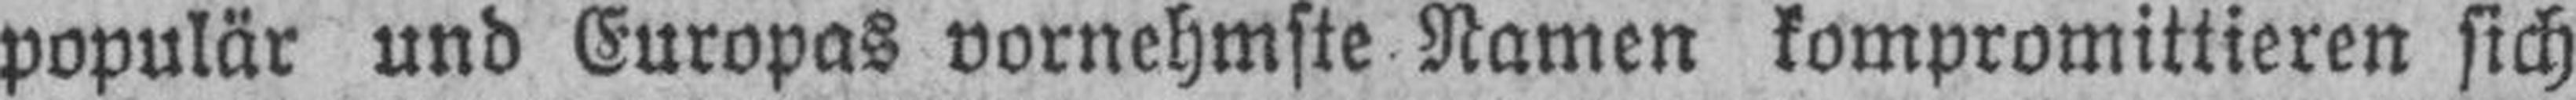
populär und Europas vornehmste Namen kompromittieren sich